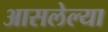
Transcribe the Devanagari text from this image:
आसलेल्या